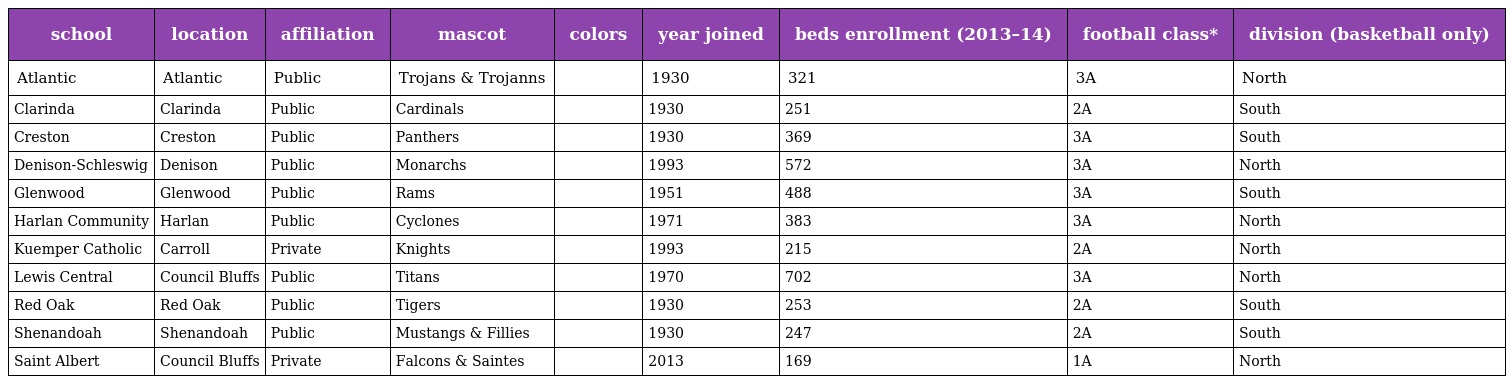
| school | location | affiliation | mascot | colors | year joined | beds enrollment (2013–14) | football class* | division (basketball only) |
 | --- | --- | --- | --- | --- | --- | --- | --- | --- |
 | Atlantic | Atlantic | Public | Trojans & Trojanns |  | 1930 | 321 | 3A | North |
 | Clarinda | Clarinda | Public | Cardinals |  | 1930 | 251 | 2A | South |
 | Creston | Creston | Public | Panthers |  | 1930 | 369 | 3A | South |
 | Denison-Schleswig | Denison | Public | Monarchs |  | 1993 | 572 | 3A | North |
 | Glenwood | Glenwood | Public | Rams |  | 1951 | 488 | 3A | South |
 | Harlan Community | Harlan | Public | Cyclones |  | 1971 | 383 | 3A | North |
 | Kuemper Catholic | Carroll | Private | Knights |  | 1993 | 215 | 2A | North |
 | Lewis Central | Council Bluffs | Public | Titans |  | 1970 | 702 | 3A | North |
 | Red Oak | Red Oak | Public | Tigers |  | 1930 | 253 | 2A | South |
 | Shenandoah | Shenandoah | Public | Mustangs & Fillies |  | 1930 | 247 | 2A | South |
 | Saint Albert | Council Bluffs | Private | Falcons & Saintes |  | 2013 | 169 | 1A | North |